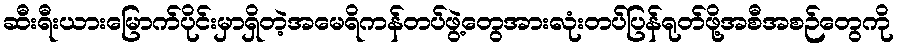
ဆီးရီးယားမြောက်ပိုင်းမှာရှိတဲ့အမေရိကန်တပ်ဖွဲ့တွေအားလုံးတပ်ပြန်ရုတ်ဖို့အစီအစဉ်တွေကို